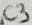
Text: C3